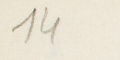
14